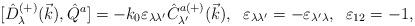
LaTeX: \begin{align*}{[}\hat{D}^{(+)}_\lambda(\vec{k}),\hat{Q}^a]=-k_0\varepsilon_{\lambda \lambda'}\hat{C}^{a(+)}_{\lambda'}(\vec{k}),\;\; \varepsilon_{\lambda\lambda'}=-\varepsilon_{\lambda'\lambda},\;\; \varepsilon_{12}=-1,\end{align*}